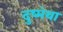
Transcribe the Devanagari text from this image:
दुष्मंथा